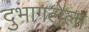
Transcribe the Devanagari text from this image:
दुभागलेला